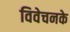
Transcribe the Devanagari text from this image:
विवेचनके